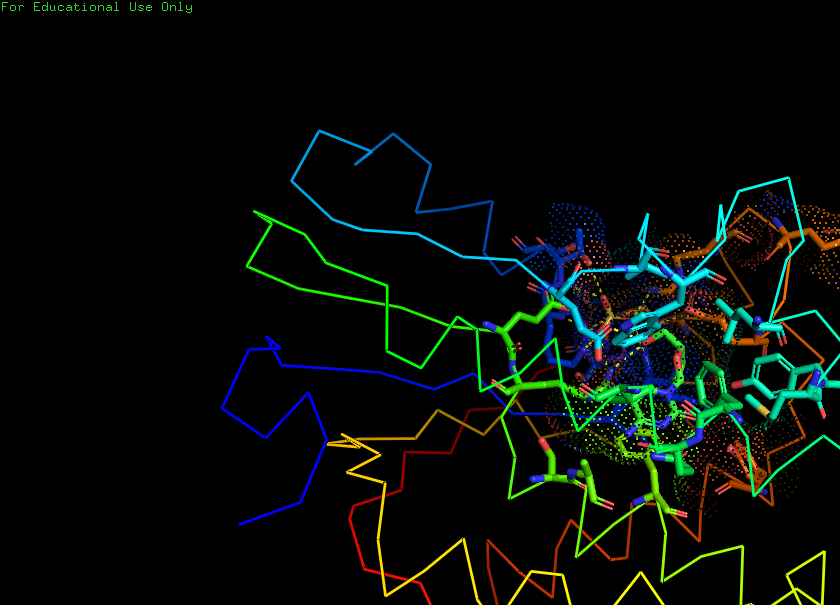
pymol, preset, ligand_sites_dots